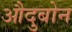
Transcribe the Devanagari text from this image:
औदुबोन